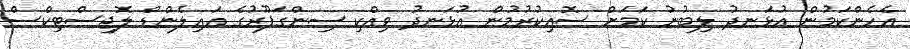
އެހެންކަމުން އުޅަނދު ލިބުނު ކަމަށް ސޮއިކުރުމުން އުޅަނދު ވިއްކި ސިންގަޕޫރުގެ އައިލެންޑް ލޮޖިސްޓިކްސް